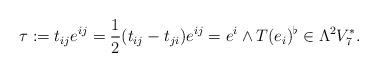
LaTeX: \begin{align*} \tau := t_{ij} e^{ij} = \dfrac12 (t_{ij} - t_{ji}) e^{ij} = e^i \wedge T(e_i)^\flat \in \Lambda^2 V_7^*.\end{align*}